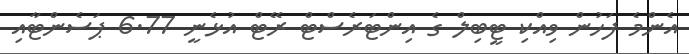
އެންމެ ފަހުން ވިއްކި ޓީބިލް ގެ އިންޓަރެސްޓް ރޭޓް އުޅެނީ 6.77 ޕަސެންޓާއި